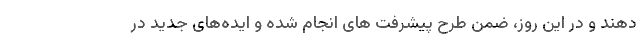
دهند و در این روز‌، ضمن طرح پیشرفت های انجام شده و ایده‌های جدید در